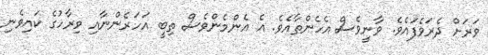
ވަރަށް ދެރަވެފައެވެ. ވާނީވެސް އެހެންތާއެވެ. އެ އެންމެންވެސް ތިބީ އަހަރެންނާއި ވިރާހުގެ ކައިވެނި